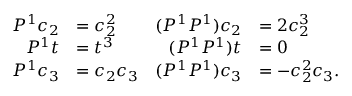
\begin{array} { r l r l } { P ^ { 1 } c _ { 2 } } & { = c _ { 2 } ^ { 2 } } & { ( P ^ { 1 } P ^ { 1 } ) c _ { 2 } } & { = 2 c _ { 2 } ^ { 3 } } \\ { P ^ { 1 } t } & { = t ^ { 3 } } & { ( P ^ { 1 } P ^ { 1 } ) t } & { = 0 } \\ { P ^ { 1 } c _ { 3 } } & { = c _ { 2 } c _ { 3 } } & { ( P ^ { 1 } P ^ { 1 } ) c _ { 3 } } & { = - c _ { 2 } ^ { 2 } c _ { 3 } . } \end{array}